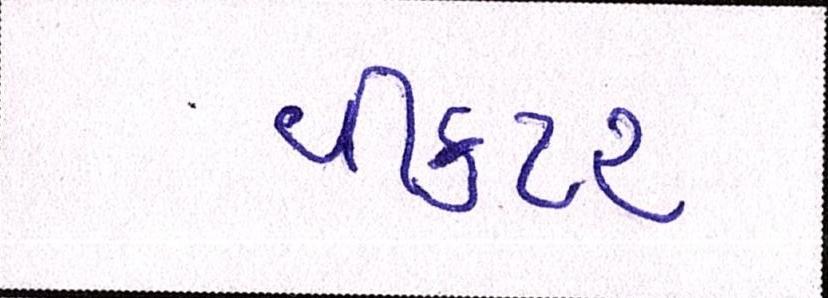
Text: વીકટર